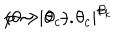
p \sim | \theta - \theta _ { c } | ^ { \beta _ { k } } \hspace { 1 . 0 c m } ( \theta > \theta _ { c } ) .